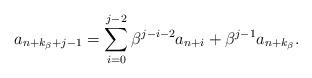
LaTeX: \begin{align*}a_{n+k_{\beta}+j-1}=\sum_{i=0}^{j-2}\beta^{j-i-2}a_{n+i}+\beta^{j-1}a_{n+k_{\beta}}.\end{align*}